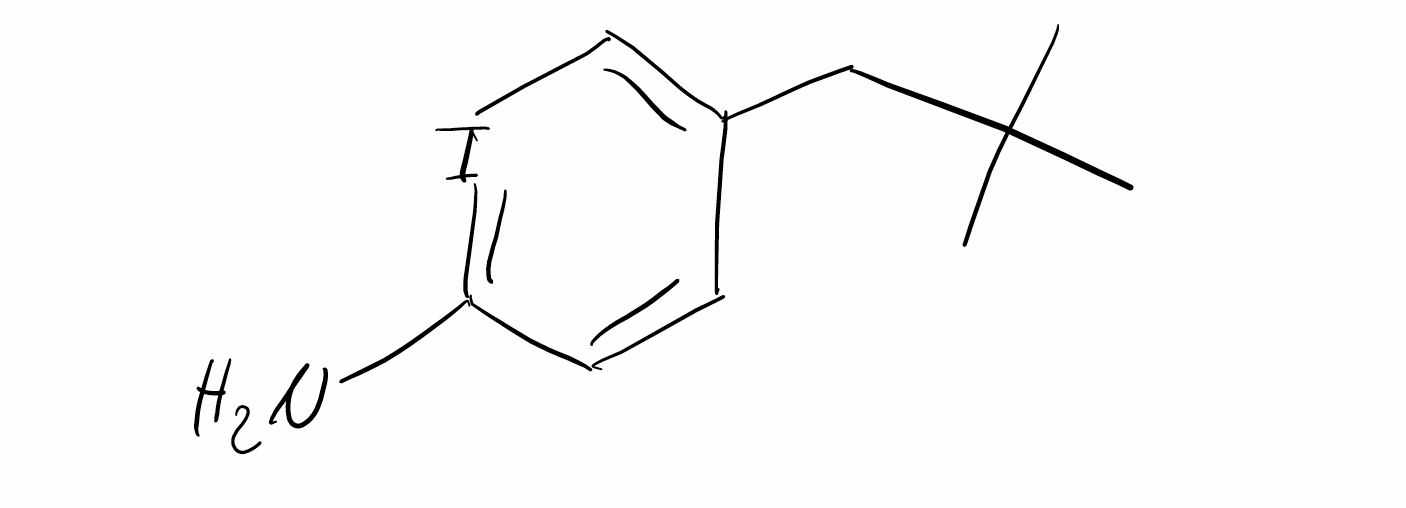
Simplified molecular-input line-entry system (SMILES) notation of the given molecule:
CC(C)(C)CC1=CI=C(C=C1)N